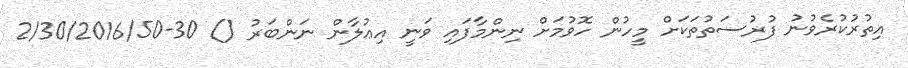
އިތުރުކުރެވުނު ފުރުސަތުތަކަށް މީހުން ހޮވުމަށް ނިންމާފައި ވަނީ އިޢުލާން ނަންބަރު () 30-2/30/2016/50